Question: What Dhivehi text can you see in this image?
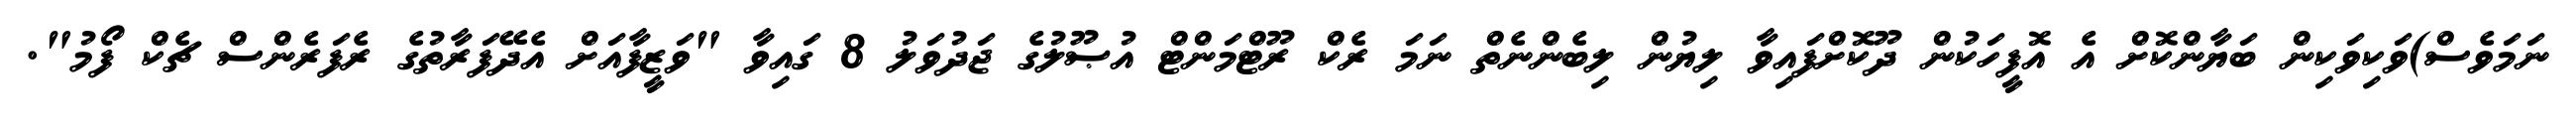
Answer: ނަމަވެސް)ވަކިވަކިން ބަޔާންކޮށް އެ އޮފީހަކުން ދޫކޮށްފައިވާ ލިޔުން ލިބެންނެތް ނަމަ ރެކް ރޫޓްމަންޓް އުޞޫލުގެ ޖަދުވަލު 8 ގައިވާ "ވަޒީފާއަށް އެދޭފަރާތުގެ ރެފަރެންސް ޗެކް ފޯމު".